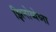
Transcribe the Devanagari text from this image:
झिनोव्येव्ना